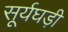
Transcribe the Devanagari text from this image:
सूर्यघड़ी